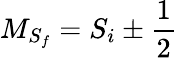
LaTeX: {M}_{{S}_{f}}={S}_{i}\pm\frac{1}{2}